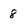
Character: 8